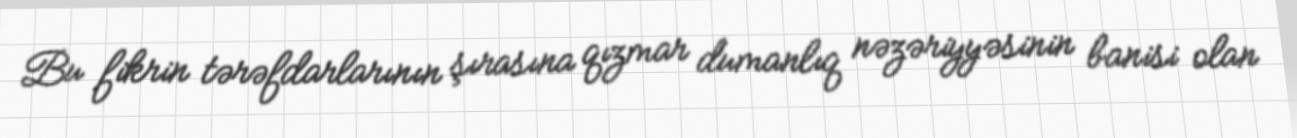
Bu fikrin tərəfdarlarının şırasına qızmar dumanlıq nəzəriyyəsinin banisi olan